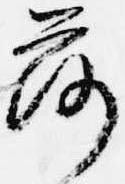
落